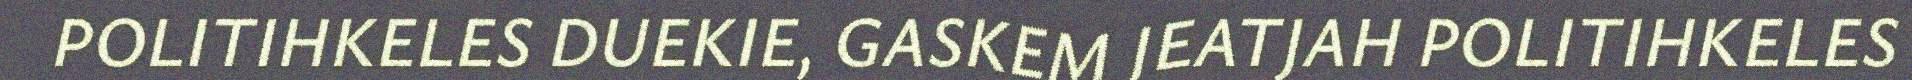
POLITIHKELES DUEKIE, GASKEM JEATJAH POLITIHKELES